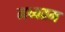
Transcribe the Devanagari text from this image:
मध्यतम